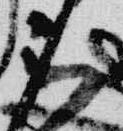
被